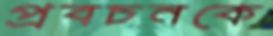
প্রবচনকে